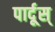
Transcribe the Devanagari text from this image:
पार्दूस्